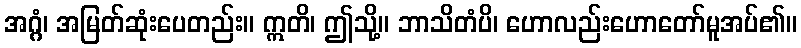
အဂ္ဂံ၊ အမြတ်ဆုံးပေတည်း။ ဣတိ၊ ဤသို့။ ဘာသိတံပိ၊ ဟောလည်းဟောတော်မူအပ်၏။